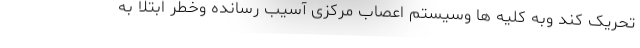
تحریک کند وبه کلیه ها وسیستم اعصاب مرکزی آسیب رسانده وخطر ابتلا به